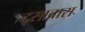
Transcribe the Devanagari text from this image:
द्सावारा